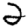
Digit: 2